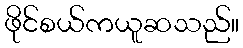
ဖိုင်စယ်ကယူဆသည်။